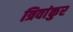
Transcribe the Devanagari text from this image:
त्रिवांकुर